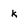
Character: k